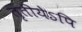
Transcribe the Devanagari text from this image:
तृतीयेऽपि